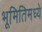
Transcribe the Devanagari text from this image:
भूमितिमध्ये